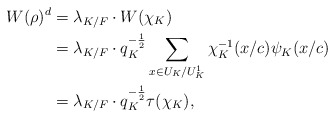
\begin{align*} W(\rho)^d &=\lambda_{K/F}\cdot W(\chi_K)\\ &=\lambda_{K/F}\cdot q_{K}^{-\frac{1}{2}}\sum_{x\in U_K/U_{K}^{1}}\chi_{K}^{-1}(x/c)\psi_K(x/c)\\ &=\lambda_{K/F}\cdot q_{K}^{-\frac{1}{2}}\tau(\chi_K),\end{align*}